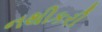
નથીકરી